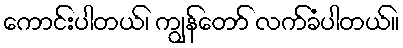
ကောင်းပါတယ်၊ ကျွန်တော် လက်ခံပါတယ်။